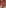
Text: y0